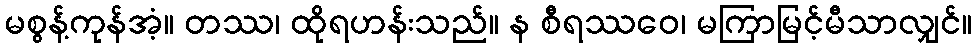
မစွန့်ကုန်အံ့။ တဿ၊ ထိုရဟန်းသည်။ န စီရဿဝေ၊ မကြာမြင့်မီသာလျှင်။